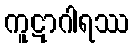
ကူဋာဂါရဿ